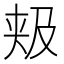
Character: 𱘴